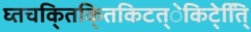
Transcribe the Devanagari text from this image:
घ्तचकि्तकि्तकिटत्ेकिटे्ति्ि